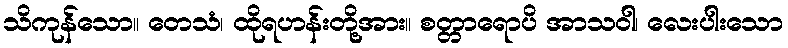
သိကုန်သော။ တေသံ၊ ထိုရဟန်းတို့အား။ စတ္တာရောပိ အာသဝါ၊ လေးပါးသော